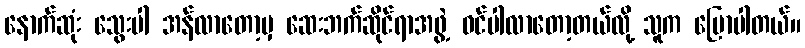
နောက်ဆုံး သွေးပါ အန်လာတော့မှ ဆေးဘက်ဆိုင်ရာအဖွဲ့ ဝင်ပါလာတော့တယ်လို့ သူက ပြောပါတယ်။